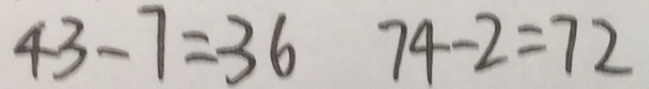
4 3 - 7 = 3 6 7 4 - 2 = 7 2